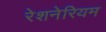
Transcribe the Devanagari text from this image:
रेशनेरियम